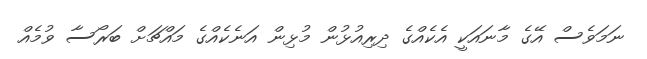
ނަމަވެސް އޭގެ މާނައަކީ އެކެއްގެ ދިރިއުޅުން މުޅިން އަނެކެއްގެ މައްޗަށް ބަރޯސާ ވުމެއް